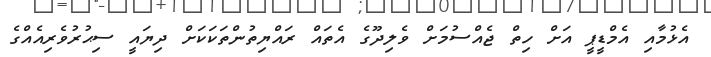
އެޅުމާއި އެމްޑީޕީ އަށް ހިތް ޖެއްސުމަށް ވެލިދޫގެ އެތައް ރައްޔިތުންތަކަކަށް ދިޔައީ ސިޙުރުވެރިއެއްގެ